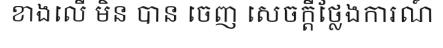
ខាងលើ មិន បាន ចេញ សេចក្តីថ្លែងការណ៍